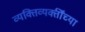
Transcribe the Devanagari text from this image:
व्यक्तिव्यक्तींच्या